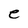
Character: e